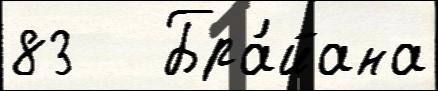
83   Бра́йана